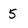
Character: 5